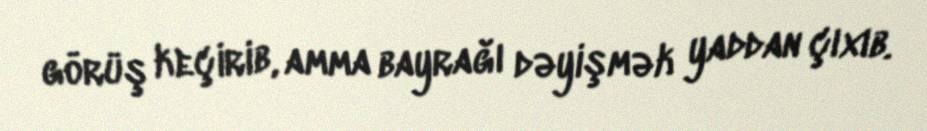
görüş keçirib, amma bayrağı dəyişmək yaddan çıxıb.